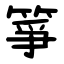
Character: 箏